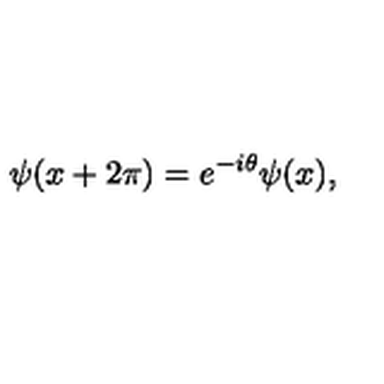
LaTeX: \psi ( x + 2 \pi ) = e ^ { - i \theta } \psi ( x ) ,